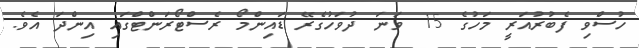
ހުސްވި ފެބުރުއަރީ މަހުގެ 15 ވަނަ ދުވަހުގެރޭ ޑައިންމޯ ރެސްޓޯރަންޓްގައި އިންދަ އެވެ.